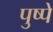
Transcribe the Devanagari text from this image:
पुष्पे